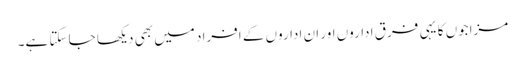
مزاجوں کا یہی فرق اداروں اور ان اداروں کے افراد میں بھی دیکھا جا سکتا ہے۔